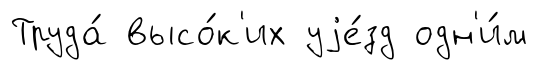
Труда́ высо́к'их уjе́зд одн'и́м